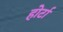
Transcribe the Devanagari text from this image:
होर्टा